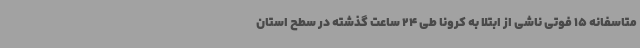
متاسفانه 15 فوتی ناشی از ابتلا به کرونا طی 24 ساعت گذشته در سطح استان